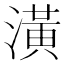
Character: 潢